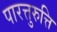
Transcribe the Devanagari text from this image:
पारत्तुरुत्ति